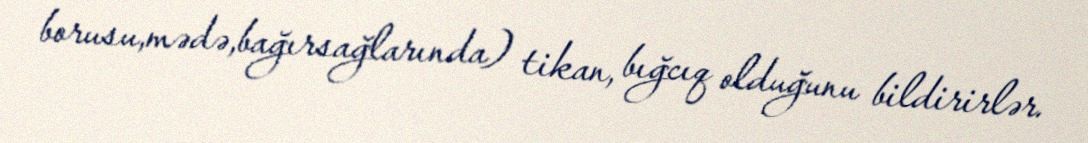
borusu,mədə,bağırsağlarında) tikan, bığcıq olduğunu bildirirlər.